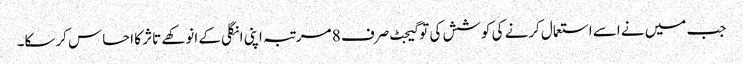
جب میں نے اسے استعمال کرنے کی کوشش کی تو گیجٹ صرف 8 مرتبہ اپنی انگلی کے انوکھے تاثر کا احساس کرسکا۔